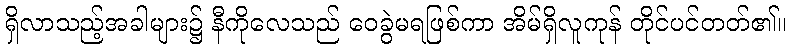
ရှိလာသည့်အခါများ၌ နီကိုလေသည် ဝေခွဲမရဖြစ်ကာ အိမ်ရှိလူကုန် တိုင်ပင်တတ်၏။